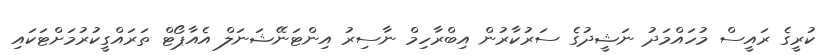
ކުރީގެ ރައީސް މުހައްމަދު ނަޝީދުގެ ސަރުކާރުން އިބްރާހިމް ނާސިރު އިންޓަނޭޝަނަލް އެއާޕޯޓް ތަރައްގީކުރުމަށްޓަކައި